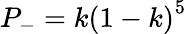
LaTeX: P_{-}=k\left(1-k\right)^{5}